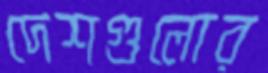
দেশগুলোর